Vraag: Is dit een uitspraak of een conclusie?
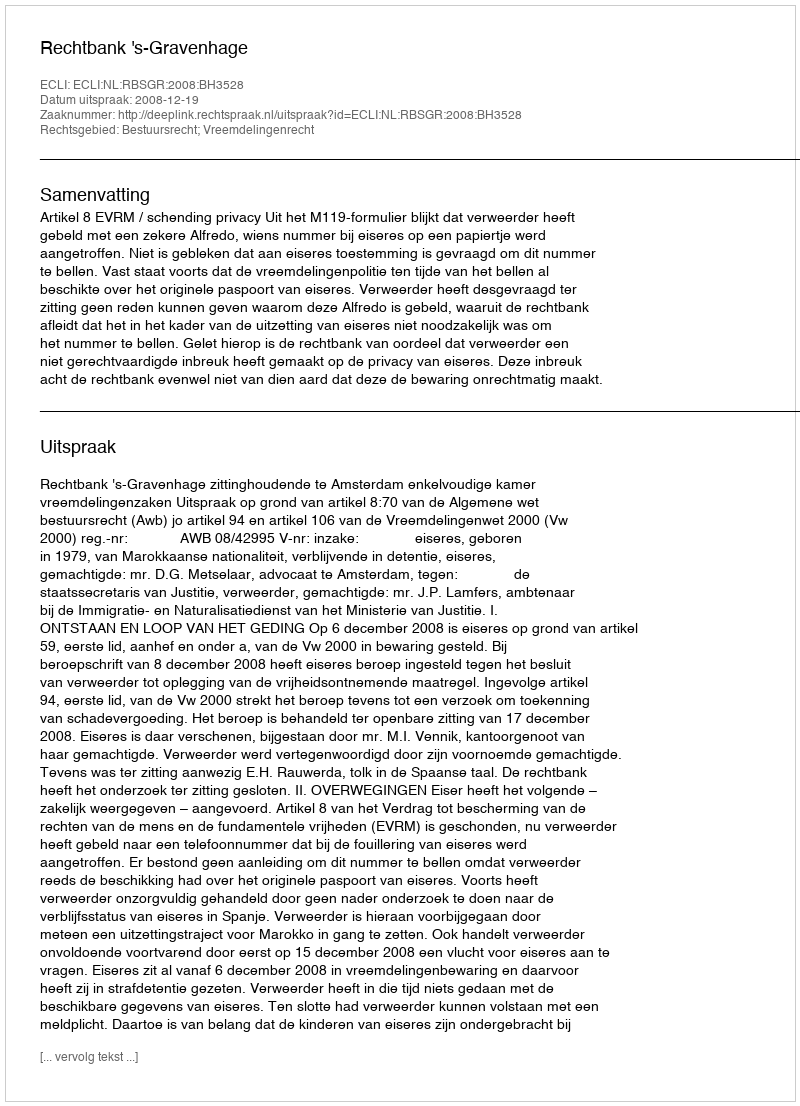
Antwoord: Uitspraak